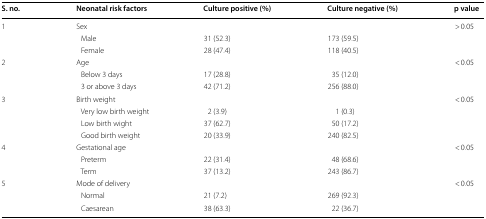
<table><thead><tr><td><b>S. no.</b></td><td><b>Neonatal risk factors</b></td><td><b>Culture positive (%)</b></td><td><b>Culture negative (%)</b></td><td><b>p value</b></td></tr></thead><tbody><tr><td rowspan="3">1</td><td colspan="3">Sex</td><td rowspan="3">&gt; 0.05</td></tr><tr><td> Male</td><td>31 (52.3)</td><td>173 (59.5)</td></tr><tr><td> Female</td><td>28 (47.4)</td><td>118 (40.5)</td></tr><tr><td rowspan="3">2</td><td colspan="3">Age</td><td rowspan="3">&lt; 0.05</td></tr><tr><td> Below 3 days</td><td>17 (28.8)</td><td>35 (12.0)</td></tr><tr><td> 3 or above 3 days</td><td>42 (71.2)</td><td>256 (88.0)</td></tr><tr><td rowspan="4">3</td><td colspan="3">Birth weight</td><td rowspan="4">&lt; 0.05</td></tr><tr><td> Very low birth weight</td><td>2 (3.9)</td><td>1 (0.3)</td></tr><tr><td> Low birth wight</td><td>37 (62.7)</td><td>50 (17.2)</td></tr><tr><td> Good birth weight</td><td>20 (33.9)</td><td>240 (82.5)</td></tr><tr><td rowspan="3">4</td><td colspan="3">Gestational age</td><td rowspan="3">&lt; 0.05</td></tr><tr><td> Preterm</td><td>22 (31.4)</td><td>48 (68.6)</td></tr><tr><td> Term</td><td>37 (13.2)</td><td>243 (86.7)</td></tr><tr><td rowspan="3">5</td><td colspan="3">Mode of delivery</td><td rowspan="3">&lt; 0.05</td></tr><tr><td> Normal</td><td>21 (7.2)</td><td>269 (92.3)</td></tr><tr><td> Caesarean</td><td>38 (63.3)</td><td>22 (36.7)</td></tr></tbody></table>